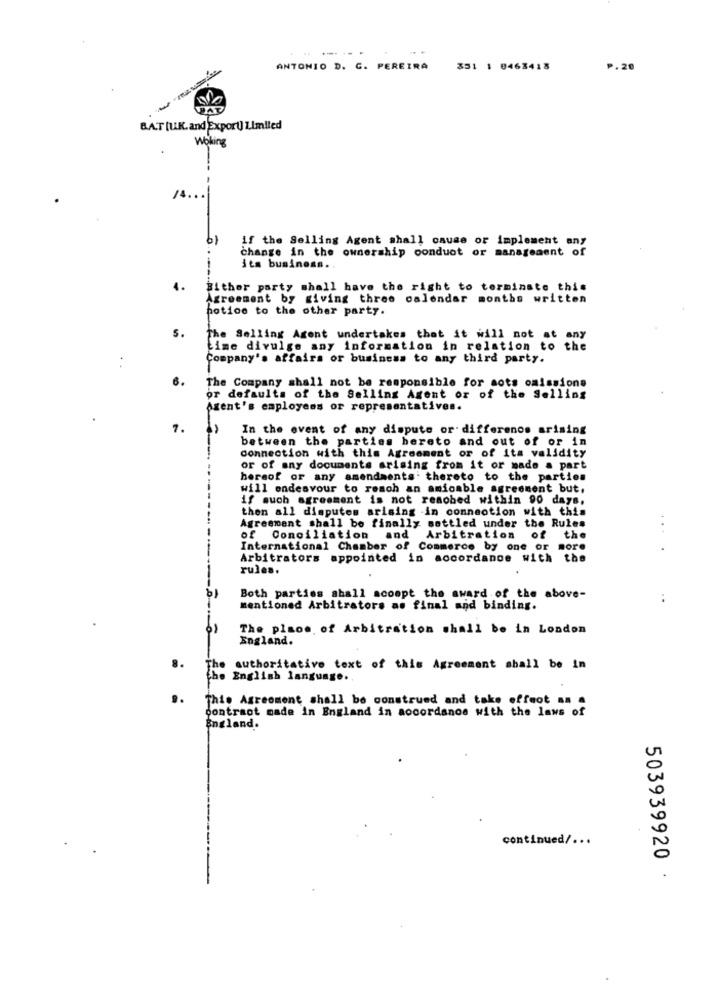
-----
ANTONIO D. C. PEREIRA
351 1 0463418
P.20
&AT [U.K. and Export] Limited
Woking
/4 ...
19
if the Selling Agent shall cause or implement any
change in the ownership conduct or management of
its business ..
1.
Bithor party shall have the right to terminate this
Agreement by giving three calendar months written
notice to the other party.
s.
The Selling Agent undertakes that it will not at any
Lime divulge any information in relation to the
Company's affairs or business to any third party.
6.
The Company shall not be responsible for sots omissions
or defaults of the Selling Agent or of the Selling
Azent's employees or representatives.
7.
In the event of any dispute or differenos arising
between the parties hereto and out of or in
connection with this Agreement or of its validity
or of any documents arising from it or made a part
hereof or any amendments. thereto to the parties
will endeavour to reach an amicable agreement but,
if such agreement is not reached within 90 days.
then all disputes arising in connection with this
Agreement shall be finally settled under the Rules
...
of Conciliation and Arbitration
of the
International Chamber of Commerce by one
or more
Arbitrators appointed in accordance
with the
rules.
Both parties shall acompt the award of the above-
mentioned Arbitrators as final and binding.
The place of Arbitration shall be in London
England.
authoritative text of this Agreement shall be in
the English language.
This Agreement shall be construed and take effect an a
contract made in England in accordance with the laws of
England.
continued/ ...
503939920